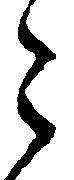
々